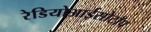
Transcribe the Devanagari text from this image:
रेडियोआईसोटॉप